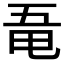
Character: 𠄲